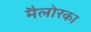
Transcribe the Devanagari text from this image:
मैलोरका